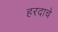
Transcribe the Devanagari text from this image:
हरदाचे